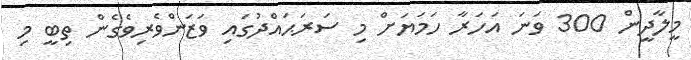
މީލާދީން 300 ވަނަ އަހަރާ ހަމަޔަށް މި ސަރަޙައްދުގައި ވަޒަންވެރިވެގެން ތިބީ މި